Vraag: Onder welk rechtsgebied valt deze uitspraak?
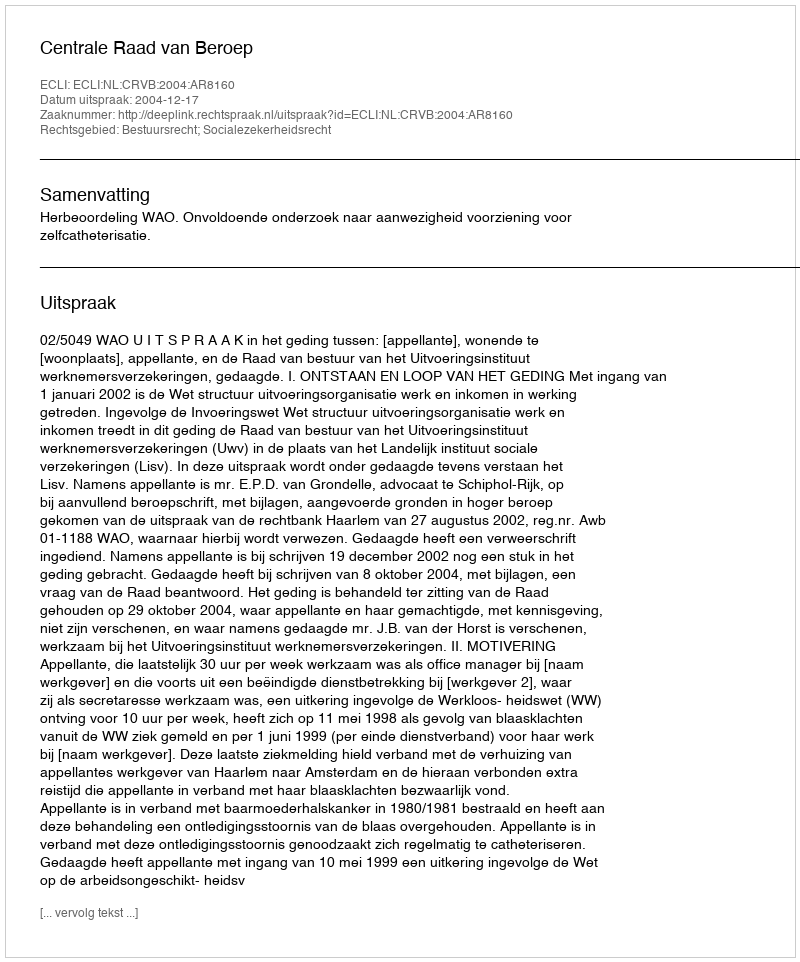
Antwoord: Bestuursrecht; Socialezekerheidsrecht